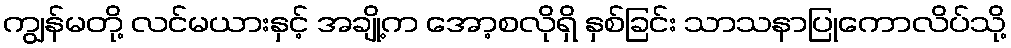
ကျွန်မတို့ လင်မယားနှင့် အချို့က အော့စလိုရှိ နှစ်ခြင်း သာသနာပြုကောလိပ်သို့